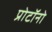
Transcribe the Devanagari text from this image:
प्रोटॉनो